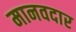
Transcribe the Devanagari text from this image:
मानवदार